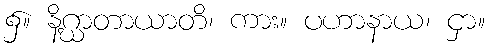
၌။ နိဂ္ဃာတာယာတိ၊ ကား။ ပဟာနာယ၊ ငှာ။